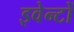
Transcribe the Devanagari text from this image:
इवेन्टों